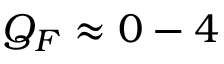
Q _ { F } \approx 0 - 4